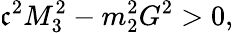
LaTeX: \mathfrak{c}^{2}M_{3}^{2}-m_{2}^{2}G^{2}>0,